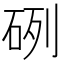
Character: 𥒂